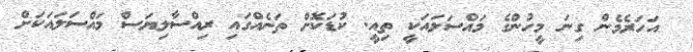
އަހަރެމެން ގިނަ މީހުންގެ މައްސަލައަކީ ތިއީ. ކުޑަކޮށް ތަނެއްގައި ރިއްސާލިޔަސް މައްސަލައަކަށް